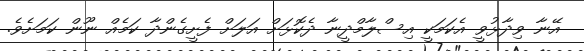
އޭނާ ވިދާޅުވީ އެކަމަކީ އިސްލާމްދީނާ ދެކޮޅަށް އަލަށް ފެށީގެންދާ ކަމެއް ނޫން ކަމަށެވެ.